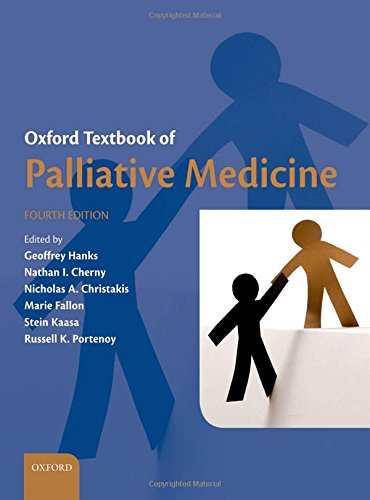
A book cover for Oxford Textbook of Palliative Medicine; Geoffrey Hanks; Self-Help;